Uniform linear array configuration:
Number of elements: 4
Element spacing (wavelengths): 1
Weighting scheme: blackman
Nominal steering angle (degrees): -30
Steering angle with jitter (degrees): -30.505
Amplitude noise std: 0.05
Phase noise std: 0.05

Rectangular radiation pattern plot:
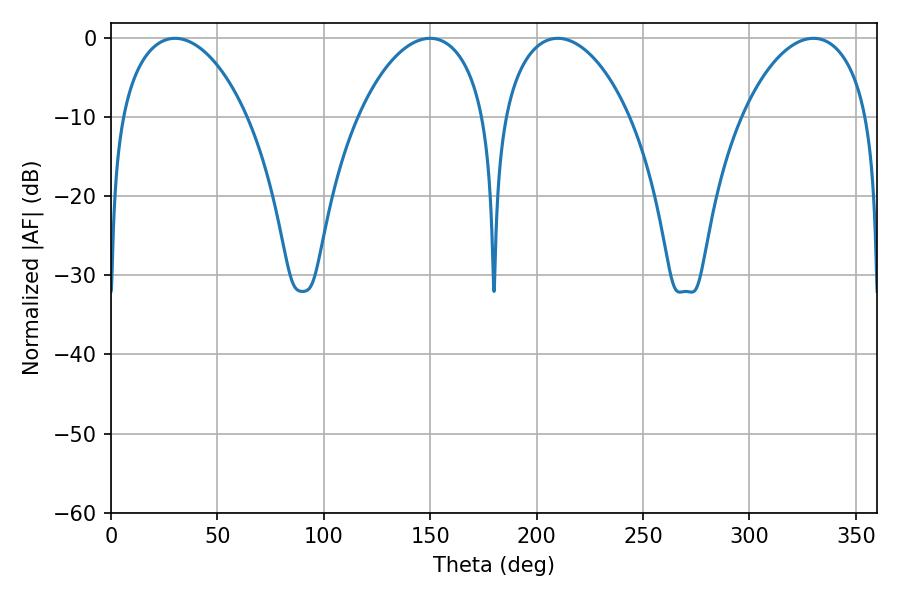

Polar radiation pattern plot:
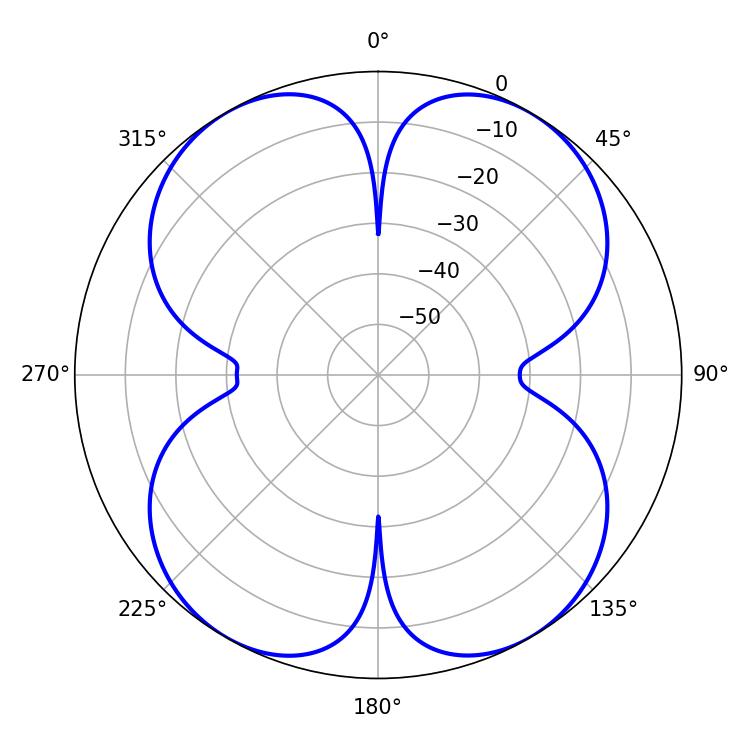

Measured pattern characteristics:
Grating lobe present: TRUE
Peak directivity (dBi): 26.244
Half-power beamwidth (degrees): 34.02
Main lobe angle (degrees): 30.06